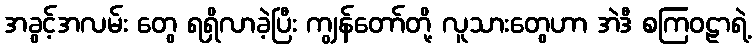
အခွင့်အလမ်း တွေ ရရှိလာခဲ့ပြီး ကျွန်တော်တို့ လူသားတွေဟာ အဲဒီ စကြဝဠာရဲ့